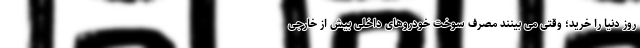
روز دنیا را خرید؛ وقتی می بینند مصرف سوخت خودروهای داخلی بیش از خارجی